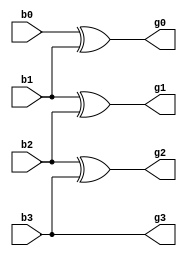

module bin2gray(b0,b1,b2,b3,g0,g1,g2,g3);
    input b0,b1,b2,b3;
    output g0,g1,g2,g3;
    and a1(g3,b3,b3); 
    xor a2(g2,b2,b3);
    xor a3(g1,b1,b2);
    xor a4(g0,b0,b1);
   
endmodule